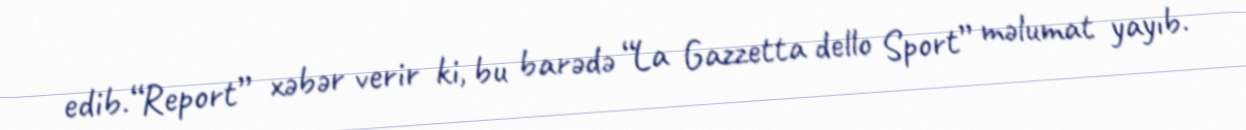
edib.“Report” xəbər verir ki, bu barədə “La Gazzetta dello Sport” məlumat yayıb.